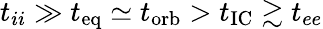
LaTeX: t_{ii}\gg t_{\mathrm{eq}}\simeq t_{\mathrm{orb}}>t_{\mathrm{IC}}\gtrsim t_{ee}